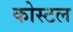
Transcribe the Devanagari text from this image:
कोस्‍टल